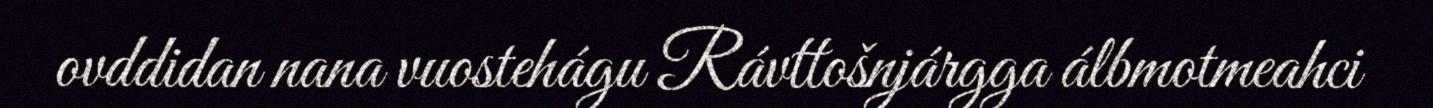
ovddidan nana vuostehágu Rávttošnjárgga álbmotmeahci